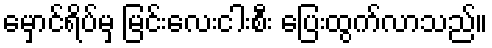
မှောင်ရိပ်မှ မြင်းလေးငါးစီး ပြေးထွက်လာသည်။